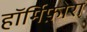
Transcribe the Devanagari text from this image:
हॉर्मिफ़ोरा